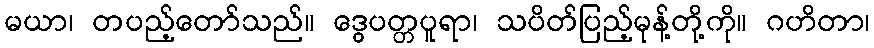
မယာ၊ တပည့်တော်သည်။ ဒွေပတ္တပူရာ၊ သပိတ်ပြည့်မုန့်တို့ကို။ ဂဟိတာ၊